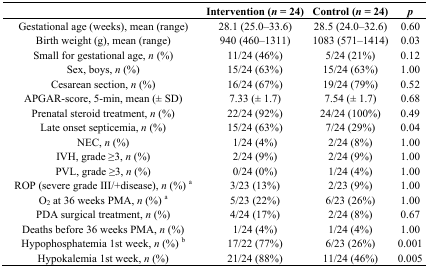
<table><thead><tr><td></td><td><b>Intervention (<i>n</i> = 24)</b></td><td><b>Control (<i>n</i> = 24)</b></td><td><b><i>p</i></b></td></tr></thead><tbody><tr><td>Gestational age (weeks), mean (range)</td><td>28.1 (25.0–33.6)</td><td>28.5 (24.0–32.6)</td><td>0.60</td></tr><tr><td>Birth weight (g), mean (range)</td><td>940 (460–1311)</td><td>1083 (571–1414)</td><td>0.03</td></tr><tr><td>Small for gestational age, <i>n</i> (%)</td><td>11/24 (46%)</td><td>5/24 (21%)</td><td>0.12</td></tr><tr><td>Sex, boys, <i>n</i> (%)</td><td>15/24 (63%)</td><td>15/24 (63%)</td><td>1.00</td></tr><tr><td>Cesarean section, <i>n</i> (%)</td><td>16/24 (67%)</td><td>19/24 (79%)</td><td>0.52</td></tr><tr><td>APGAR-score, 5-min, mean (± SD)</td><td>7.33 (± 1.7)</td><td>7.54 (± 1.7)</td><td>0.68</td></tr><tr><td>Prenatal steroid treatment, <i>n</i> (%)</td><td>22/24 (92%)</td><td>24/24 (100%)</td><td>0.49</td></tr><tr><td>Late onset septicemia, <i>n</i> (%)</td><td>15/24 (63%)</td><td>7/24 (29%)</td><td>0.04</td></tr><tr><td>NEC, <i>n</i> (%)</td><td>1/24 (4%)</td><td>2/24 (8%)</td><td>1.00</td></tr><tr><td>IVH, grade ≥3, <i>n</i> (%)</td><td>2/24 (9%)</td><td>2/24 (9%)</td><td>1.00</td></tr><tr><td>PVL, grade ≥3, <i>n</i> (%)</td><td>0/24 (0%)</td><td>1/24 (4%)</td><td>1.00</td></tr><tr><td>ROP (severe grade III/+disease), <i>n</i> (%) <sup>a</sup></td><td>3/23 (13%)</td><td>2/23 (9%)</td><td>1.00</td></tr><tr><td>O<sub>2</sub> at 36 weeks PMA, <i>n</i> (%) <sup>a</sup></td><td>5/23 (22%)</td><td>6/23 (26%)</td><td>1.00</td></tr><tr><td>PDA surgical treatment, <i>n</i> (%)</td><td>4/24 (17%)</td><td>2/24 (8%)</td><td>0.67</td></tr><tr><td>Deaths before 36 weeks PMA, <i>n</i> (%)</td><td>1/24 (4%)</td><td>1/24 (4%)</td><td>1.00</td></tr><tr><td>Hypophosphatemia 1st week, <i>n</i> (%) <sup>b</sup></td><td>17/22 (77%)</td><td>6/23 (26%)</td><td>0.001</td></tr><tr><td>Hypokalemia 1st week, <i>n</i> (%)</td><td>21/24 (88%)</td><td>11/24 (46%)</td><td>0.005</td></tr></tbody></table>